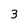
Character: 3